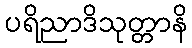
ပရိညာဒိသုတ္တာနိ